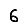
Digit: 6